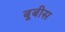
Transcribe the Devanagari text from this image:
बूबीस